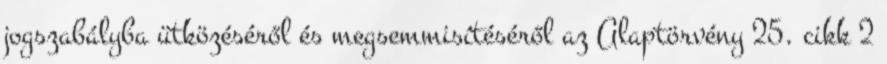
jogszabályba ütközéséről és megsemmisítéséről az Alaptörvény 25. cikk 2